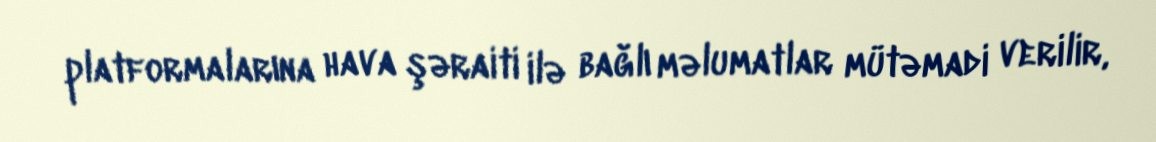
platformalarına hava şəraiti ilə bağlı məlumatlar mütəmadi verilir,